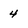
Character: 4